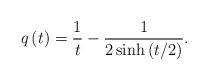
LaTeX: \begin{align*}q\left( t\right) =\frac{1}{t}-\frac{1}{2\sinh \left( t/2\right) }. \end{align*}